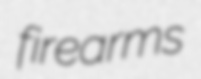
firearms